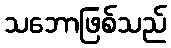
သဘောဖြစ်သည်